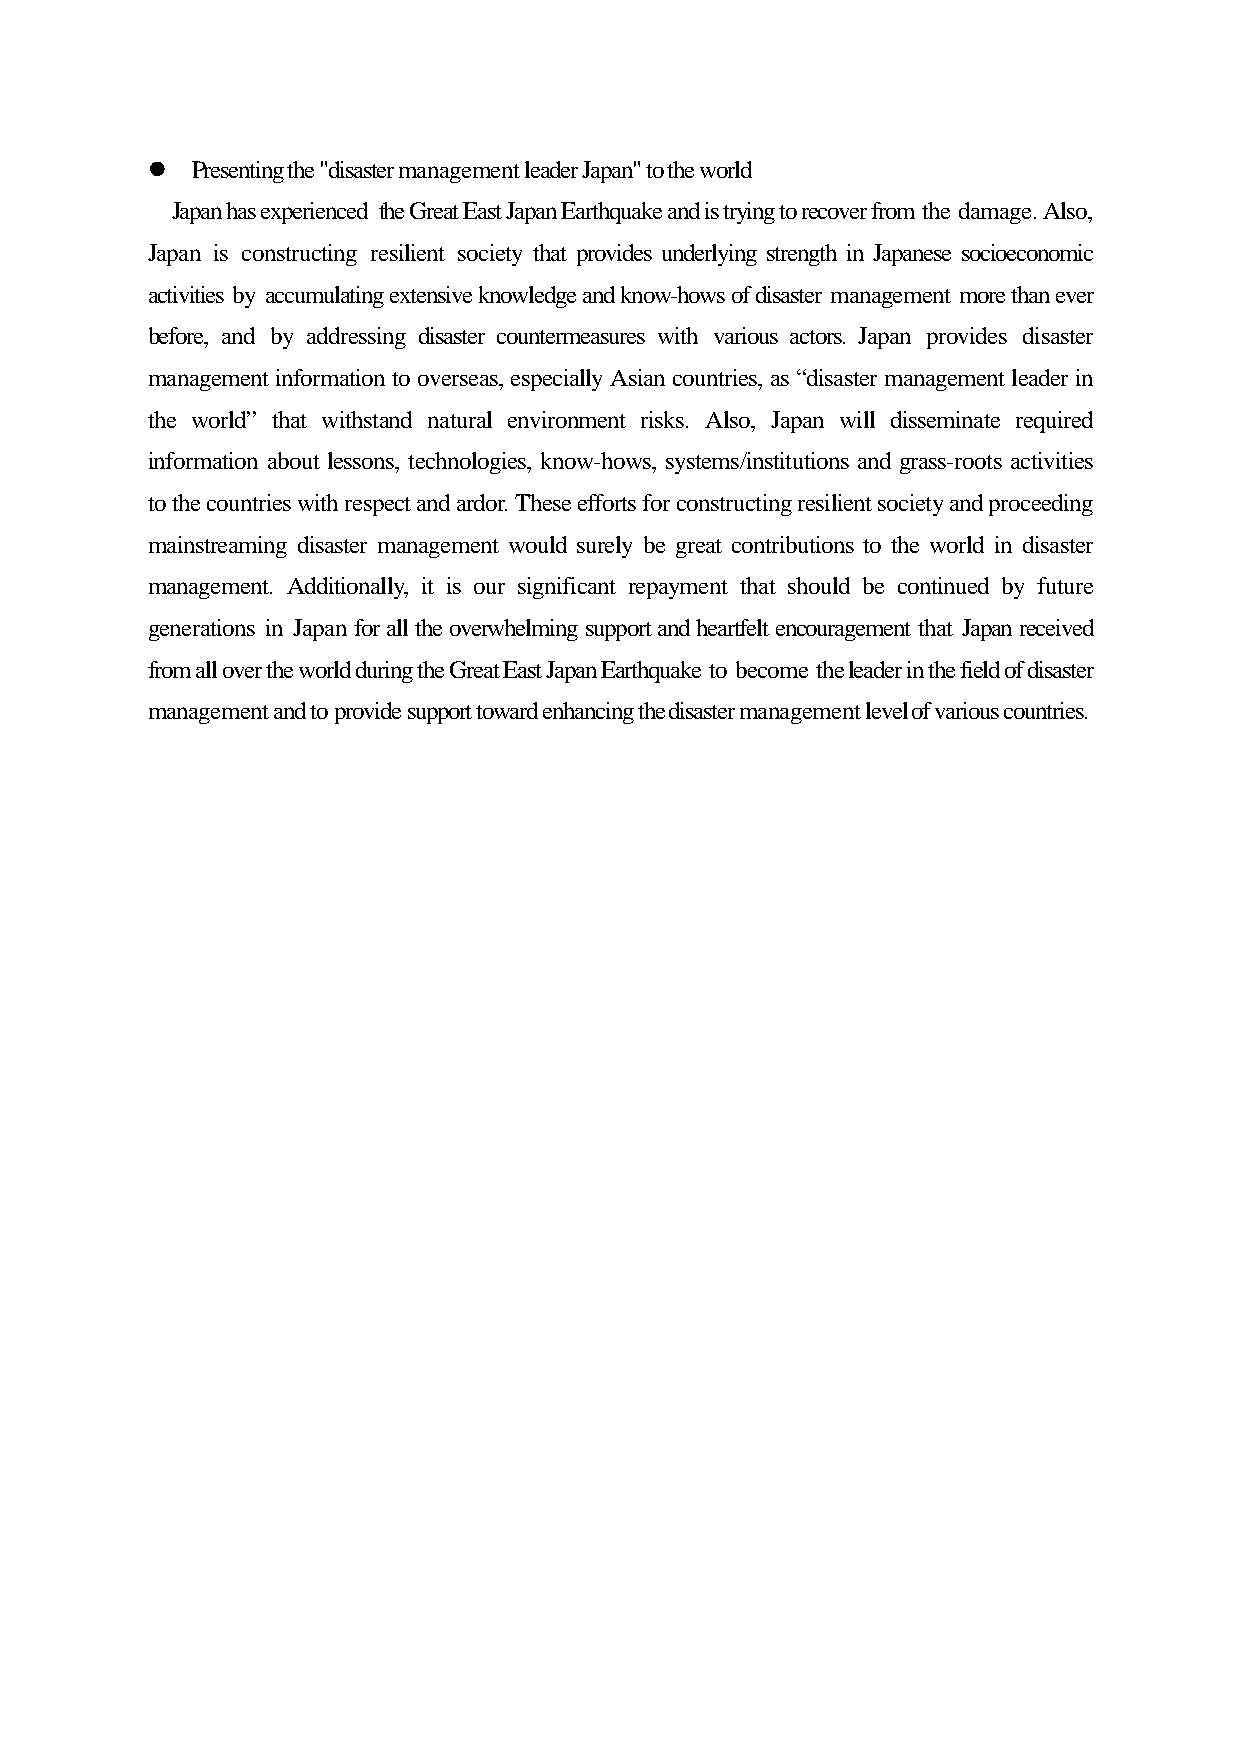
  Presenting the "disaster management leader Japan" to the world
 Japan has experienced the Great East Japan Earthquake and is trying to recover from the damage. Also,
 Japan is constructing resilient society that provides underlying strength in Japanese socioeconomic
 activities by accumulating extensive knowledge and know-hows of disaster management more than ever
 before, and by addressing disaster countermeasures with various actors. Japan provides disaster
 management information to overseas, especially Asian countries, as “disaster management leader in
 the world” that withstand natural environment risks. Also, Japan will disseminate required
 information about lessons, technologies, know-hows, systems/institutions and grass-roots activities
 to the countries with respect and ardor. These efforts for constructing resilient society and proceeding
 mainstreaming disaster management would surely be great contributions to the world in disaster
 management. Additionally, it is our significant repayment that should be continued by future
 generations in Japan for all the overwhelming support and heartfelt encouragement that Japan received
 from all over the world during the Great East Japan Earthquake to become the leader in the field of disaster
 management and to provide support toward enhancing the disaster management level of various countries.